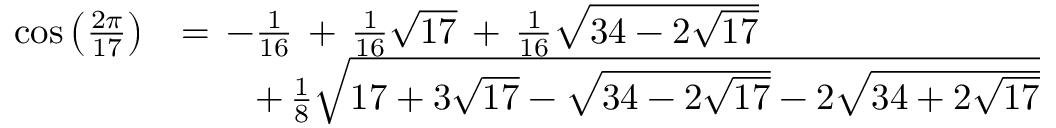
{ \begin{array} { r l } { \cos { \left( { \frac { 2 \pi } { 1 7 } } \right) } } & { = \, - { \frac { 1 } { 1 6 } } \, + \, { \frac { 1 } { 1 6 } } { \sqrt { 1 7 } } \, + \, { \frac { 1 } { 1 6 } } { \sqrt { 3 4 - 2 { \sqrt { 1 7 } } } } } \\ & { \qquad + \, { \frac { 1 } { 8 } } { \sqrt { 1 7 + 3 { \sqrt { 1 7 } } - { \sqrt { 3 4 - 2 { \sqrt { 1 7 } } } } - 2 { \sqrt { 3 4 + 2 { \sqrt { 1 7 } } } } } } } \end{array} }